Bréfritari: Sigríður Pálsdóttir
Viðtakandi: Páll Pálsson
Dagsetning: A-1857-03-14
Skrifað á: Hraungerði  Árn.
Páll var bróðir Sigríðar

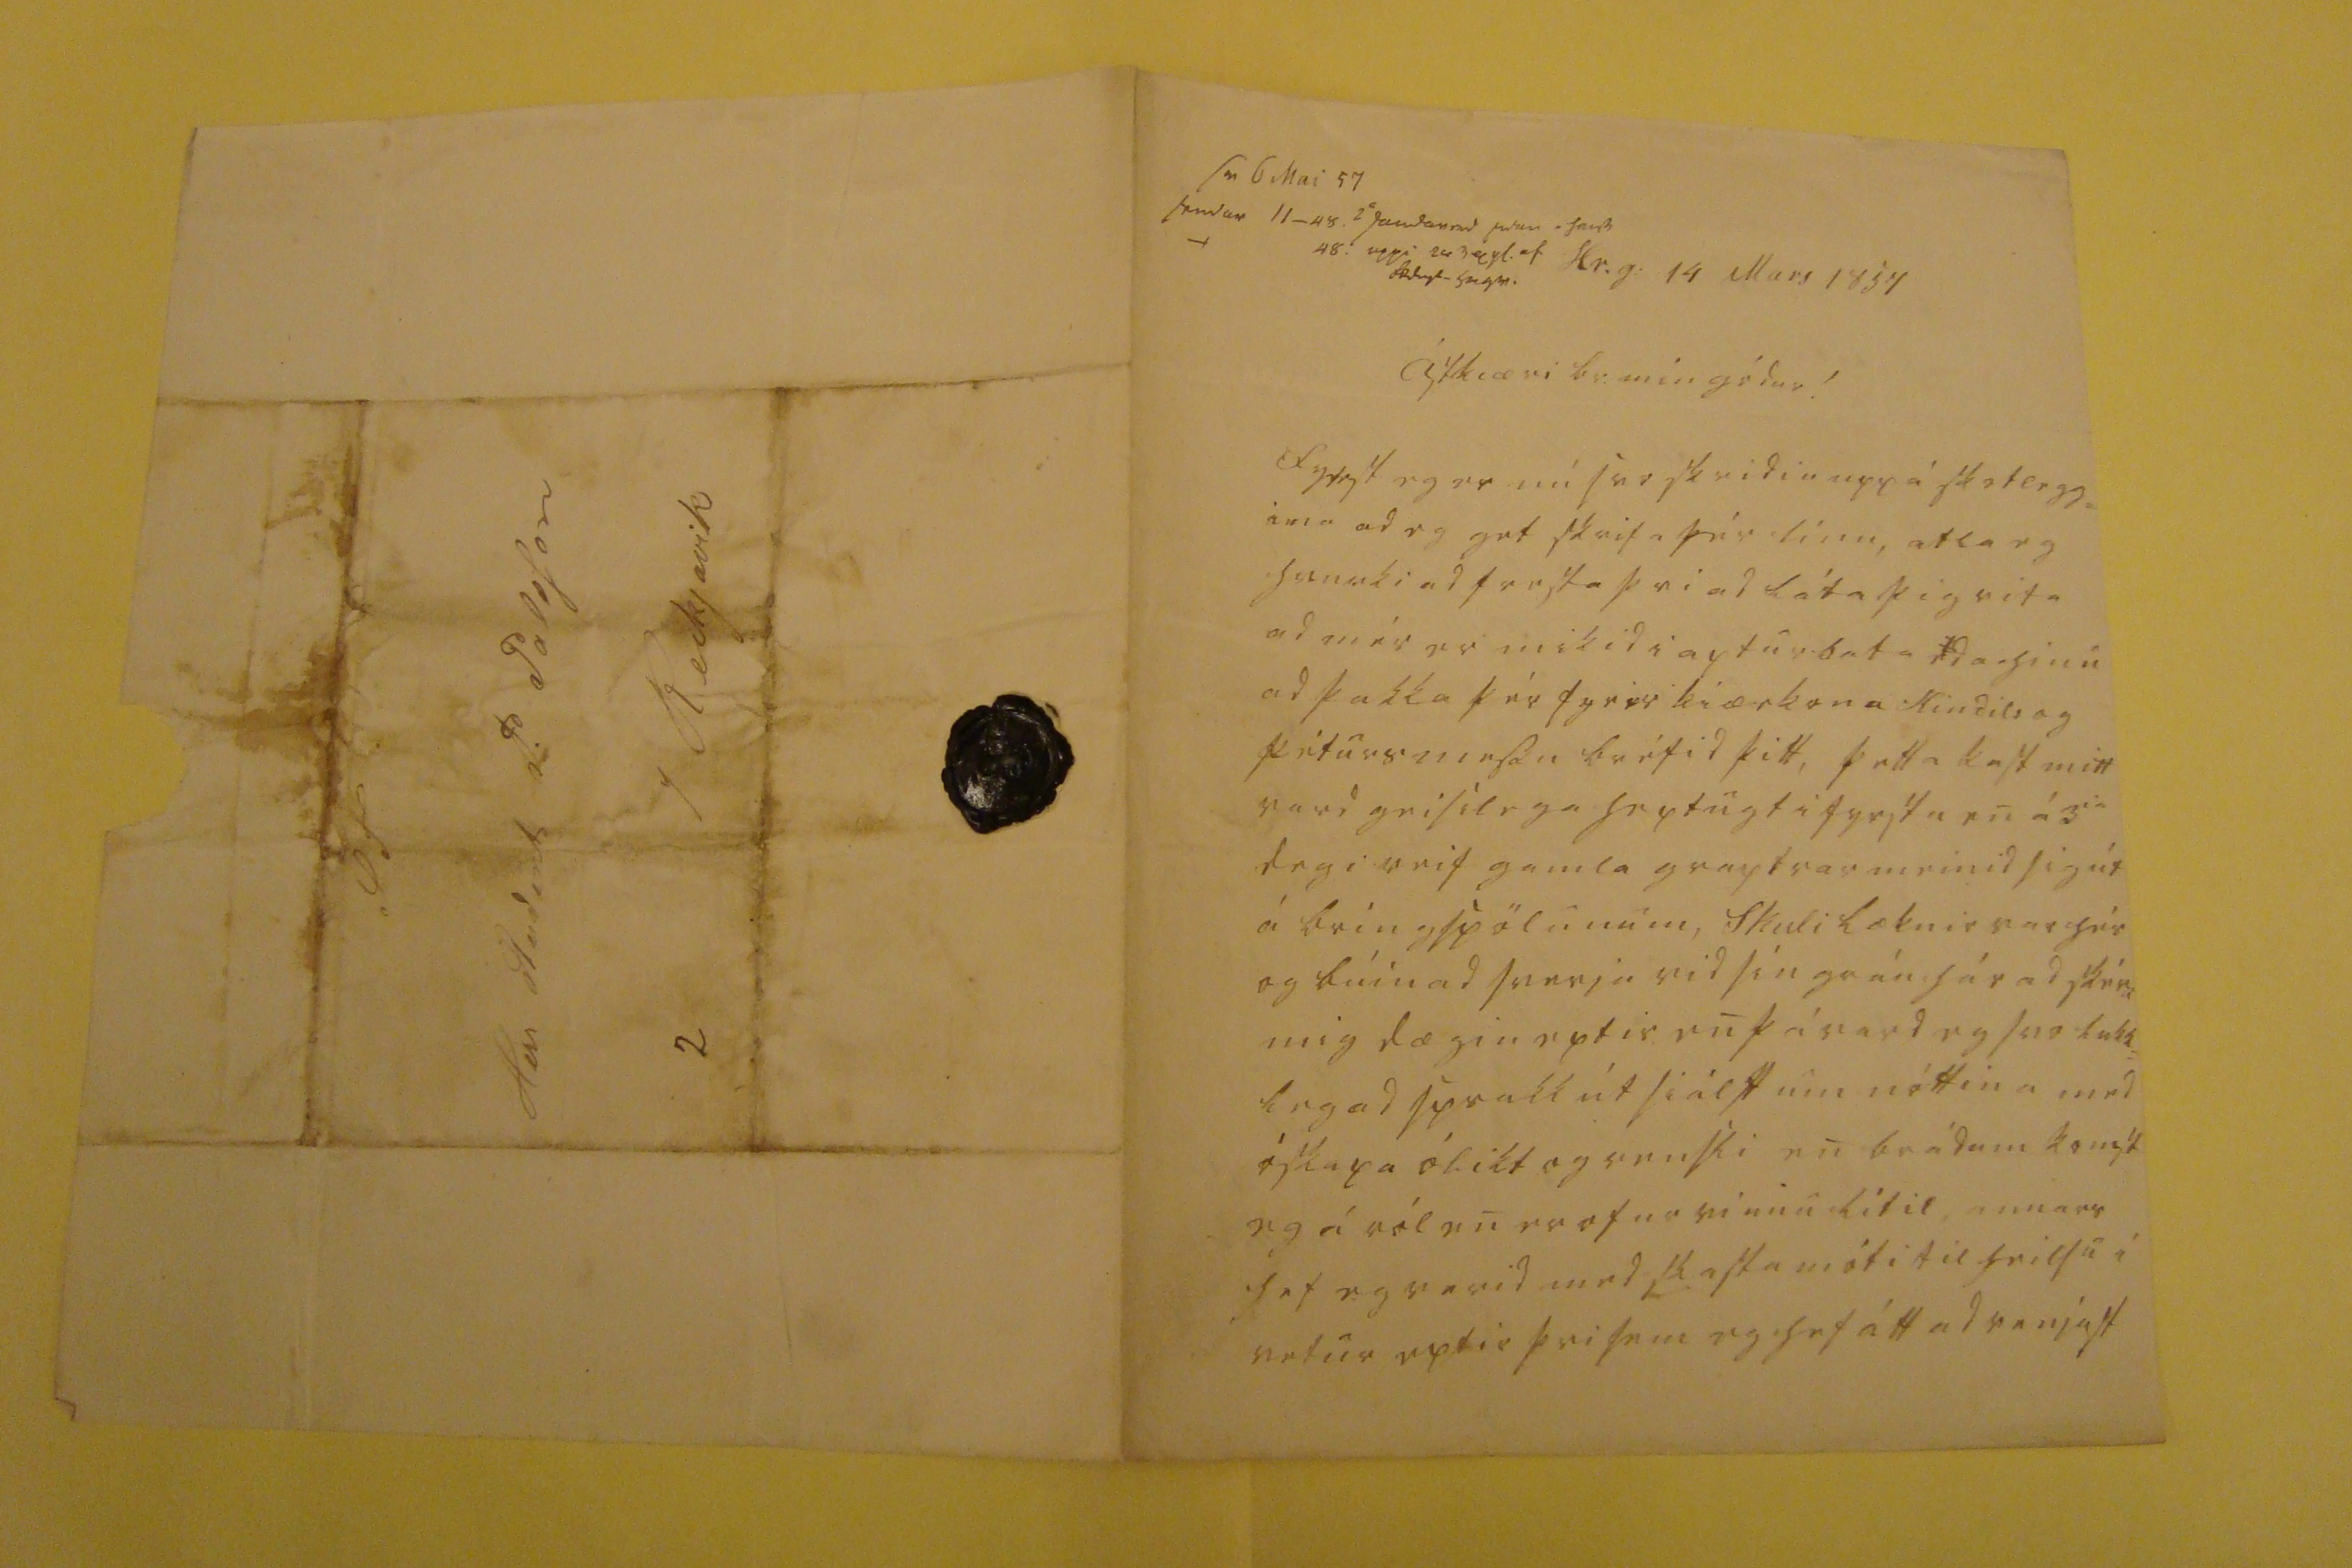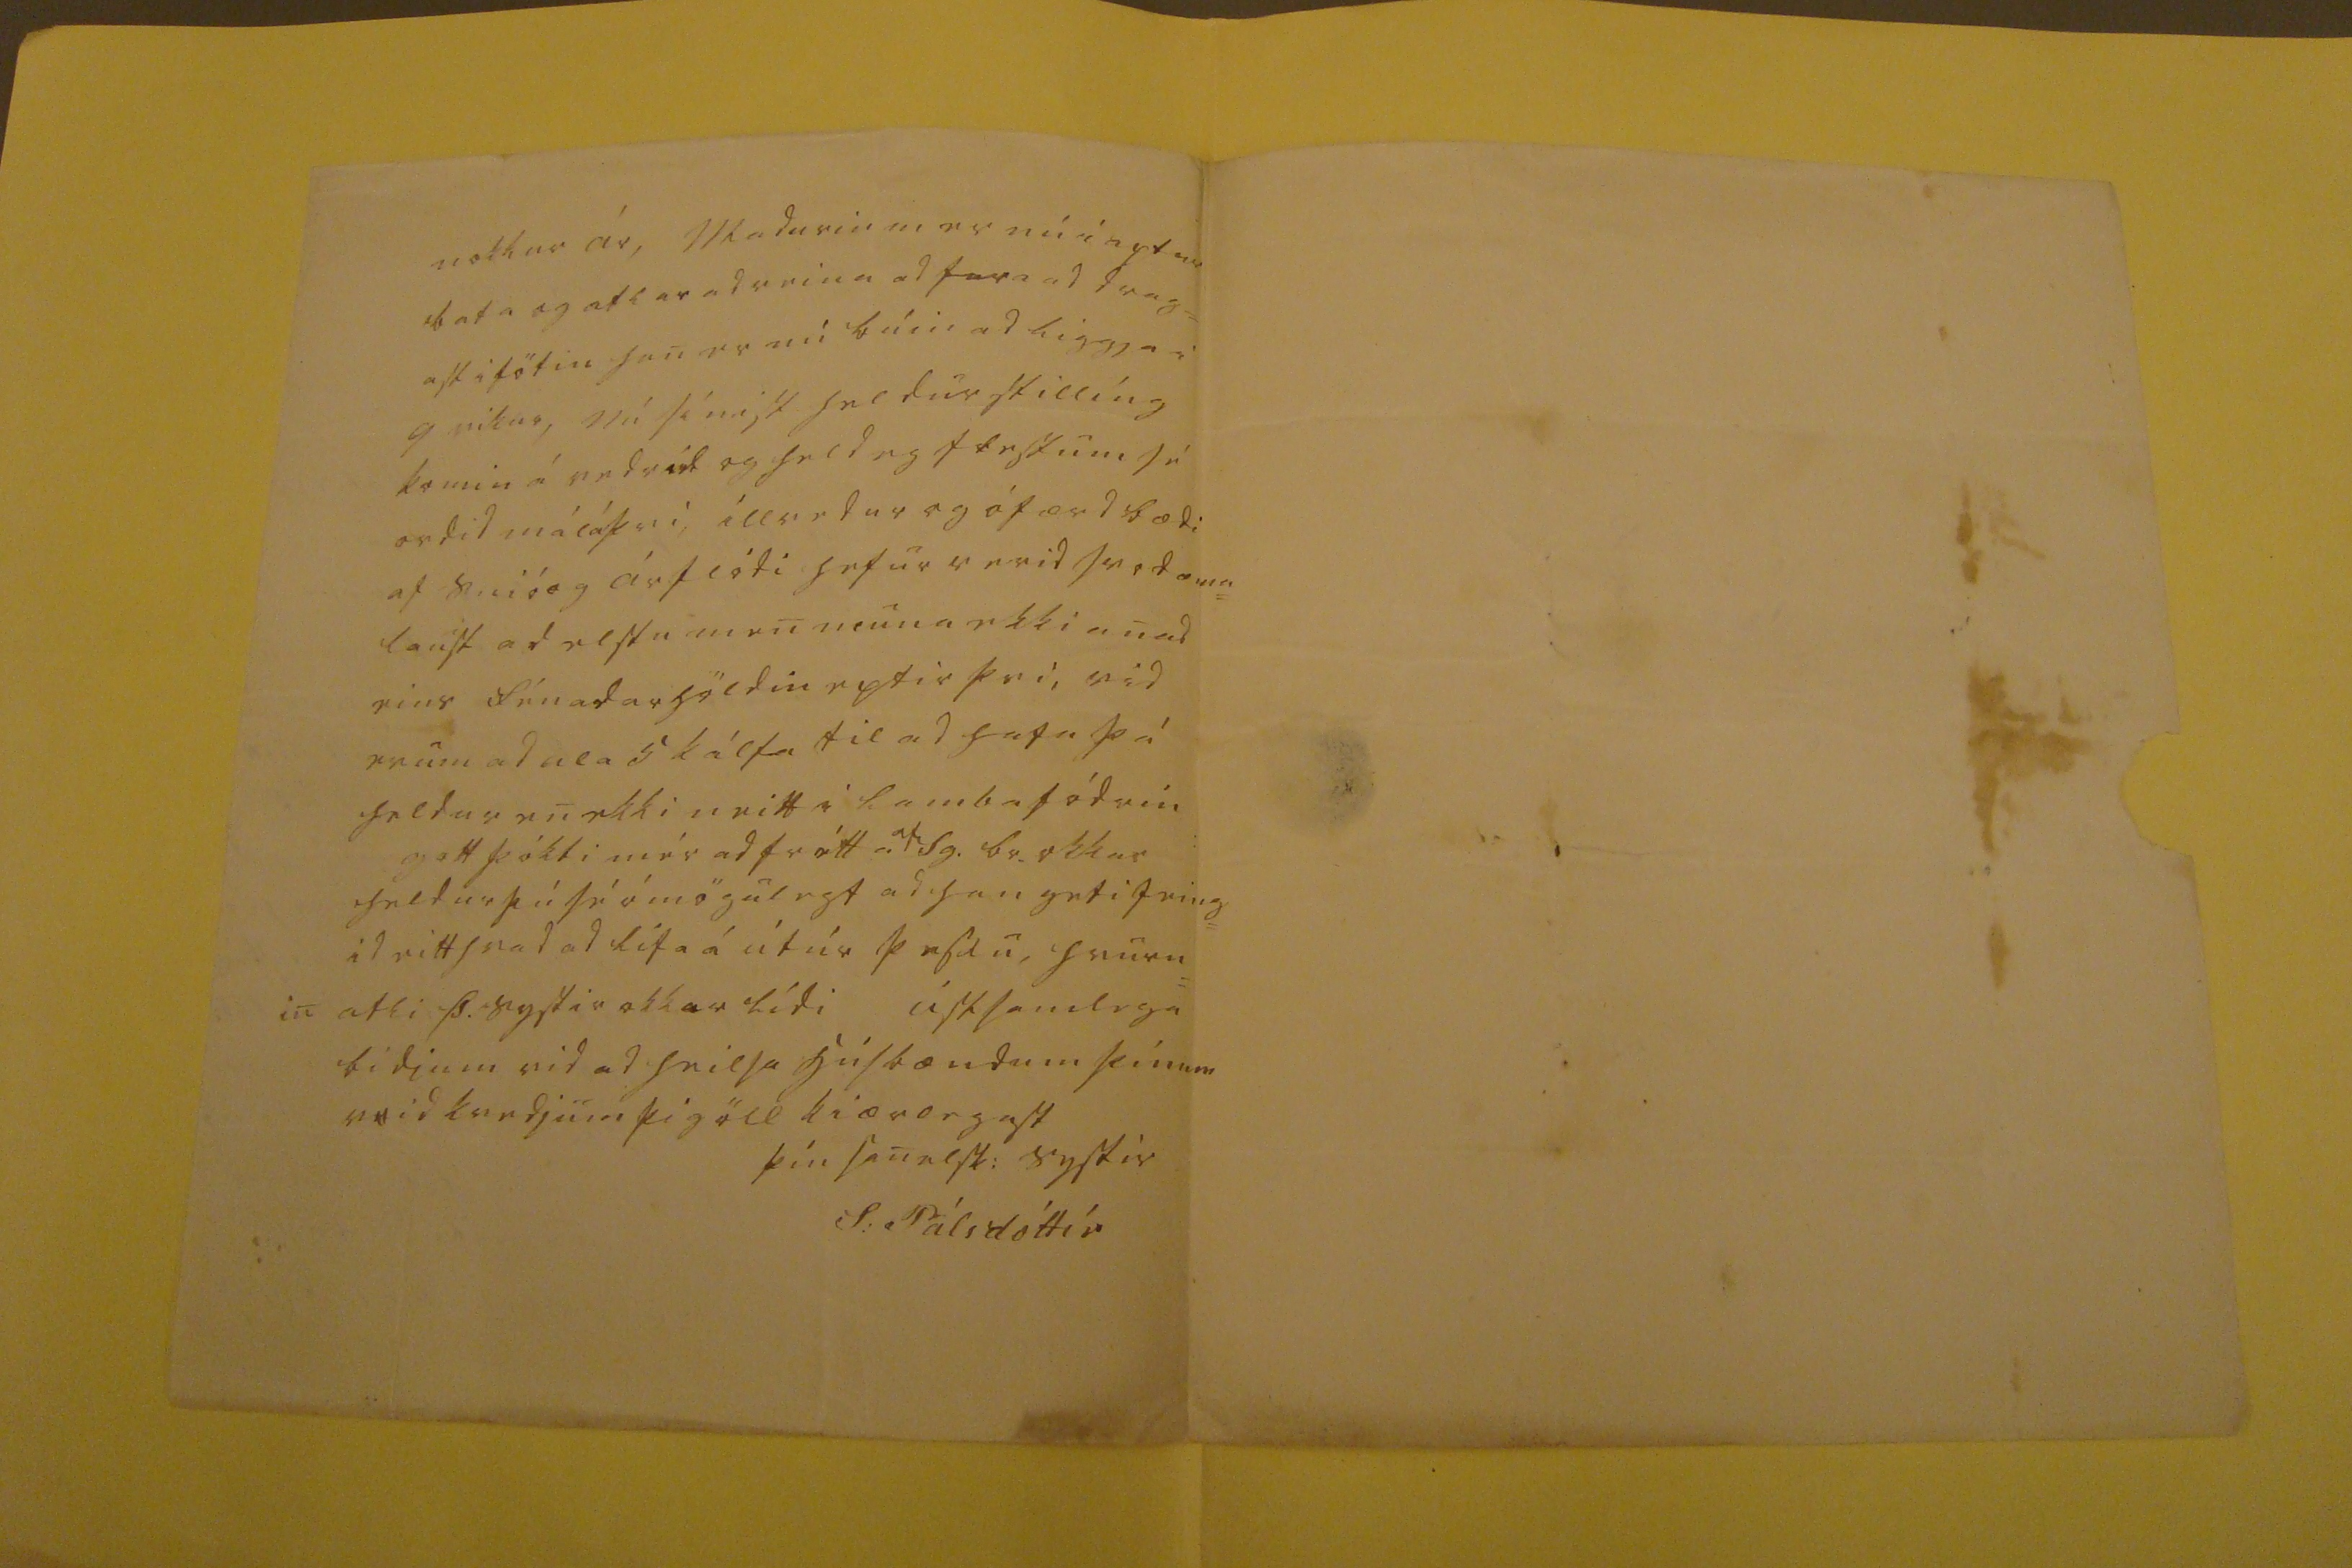

sv. 6 Mai 57 sendur 11_48. 2 0u0da00d setur hans 48. uppi 243 0yl. ef 00legt hugv.
Hr.g: 14 Mars 1854
Ástkiæri br. min gódur!
Fyrst eg er nú svo skridin upp á skotlegg= i
na
ad eg get skrifa þér línu, atla eg hvurki ad fresta þvi ad láta þig vita ad mér er mikid i apturbata
eda
hinu ad þakka þér fyrir kiærkona
Kindils og þéfursmessu
bréfid þitt, þetta kast mitt vard geisilega heptugt i fyrstu en á 3
ia
degi
reif
gamla graptrarmeinid sig út á bringspölunum, Skuli læknir var hér og búin ad sverja vid sín gráu hár ad skéra mig dægin eptir en þá vard eg svo lukk= leg ad sprakk út siálft um nóttina med óskapa ólikt og vensli en brádum komst eg á ról en er ofur vinnu lítil, annars hef eg verid med skasta móti til heilsu i vetur eptir þvi sem eg hef átt ad venjast
nokkur ár, Madurin m er nú i aptur bata og atlar ad reina ad fara ad drag= ast i fötin han er nu búin ad liggja i 9 vikur, nú sínist heldur stillíng komin á vedrid og he eg flestum sé ordid mál á þvi, illvedur og ófærd bædi af snió og árflódi hefur verid svodæma= laust ad elstu men muna ekki anad eins fénadarhöldin eptir þvi, vid erum ad ala 5 kálfa til ad hafa þá heldur en ekki neitt i lamba
fódrin
gott þókti mér ad frétta
af
Sg. br. okkar heldur þú sé ómögulegt ad han geti feing= id eitthvad ad lifa á út úr þessu, hvurn= in atli Þ. systir okkar lídi ástsamlega bidjum vid ad heilsa húsbændum þínum
v
0
id
kvedjum þig öll kiærlegast
þín sanelsk: systir
S: Pálsdóttír
S T Herr Stud
i
nt P. Palsson / Reikjavik 2